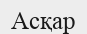
Асқар